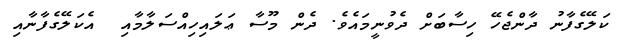
ކަލޭގެފާނު ދާންޖެހޭ ހިސާބަށް ދެވުނީމައެވެ. ދެން މޫސާ ޢަލައިހިއްސަލާމާއި  އެކަލޭގެފާނާއި